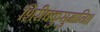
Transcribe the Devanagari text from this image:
शिरीषकुसुमानि।।